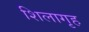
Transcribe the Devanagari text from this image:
शिलागृह